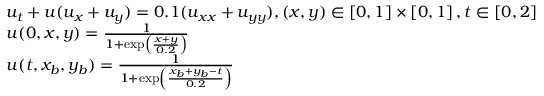
\begin{array} { l } { { u _ { t } } + u ( { u _ { x } } + { u _ { y } } ) = 0 . 1 ( { u _ { x x } } + { u _ { y y } } ) , \mathrm { } ( x , y ) \in \left[ { 0 , 1 } \right] \times \left[ { 0 , 1 } \right] , t \in \left[ { 0 , 2 } \right] } \\ { u ( 0 , x , y ) = \frac { 1 } { { 1 + \exp \left( { \frac { { x + y } } { { 0 . 2 } } } \right) } } } \\ { u ( t , { x _ { b } } , { y _ { b } } ) = \frac { 1 } { { 1 + \exp \left( { \frac { { { x _ { b } } + { y _ { b } } - t } } { { 0 . 2 } } } \right) } } } \end{array}